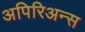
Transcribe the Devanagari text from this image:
अपिरिअन्स